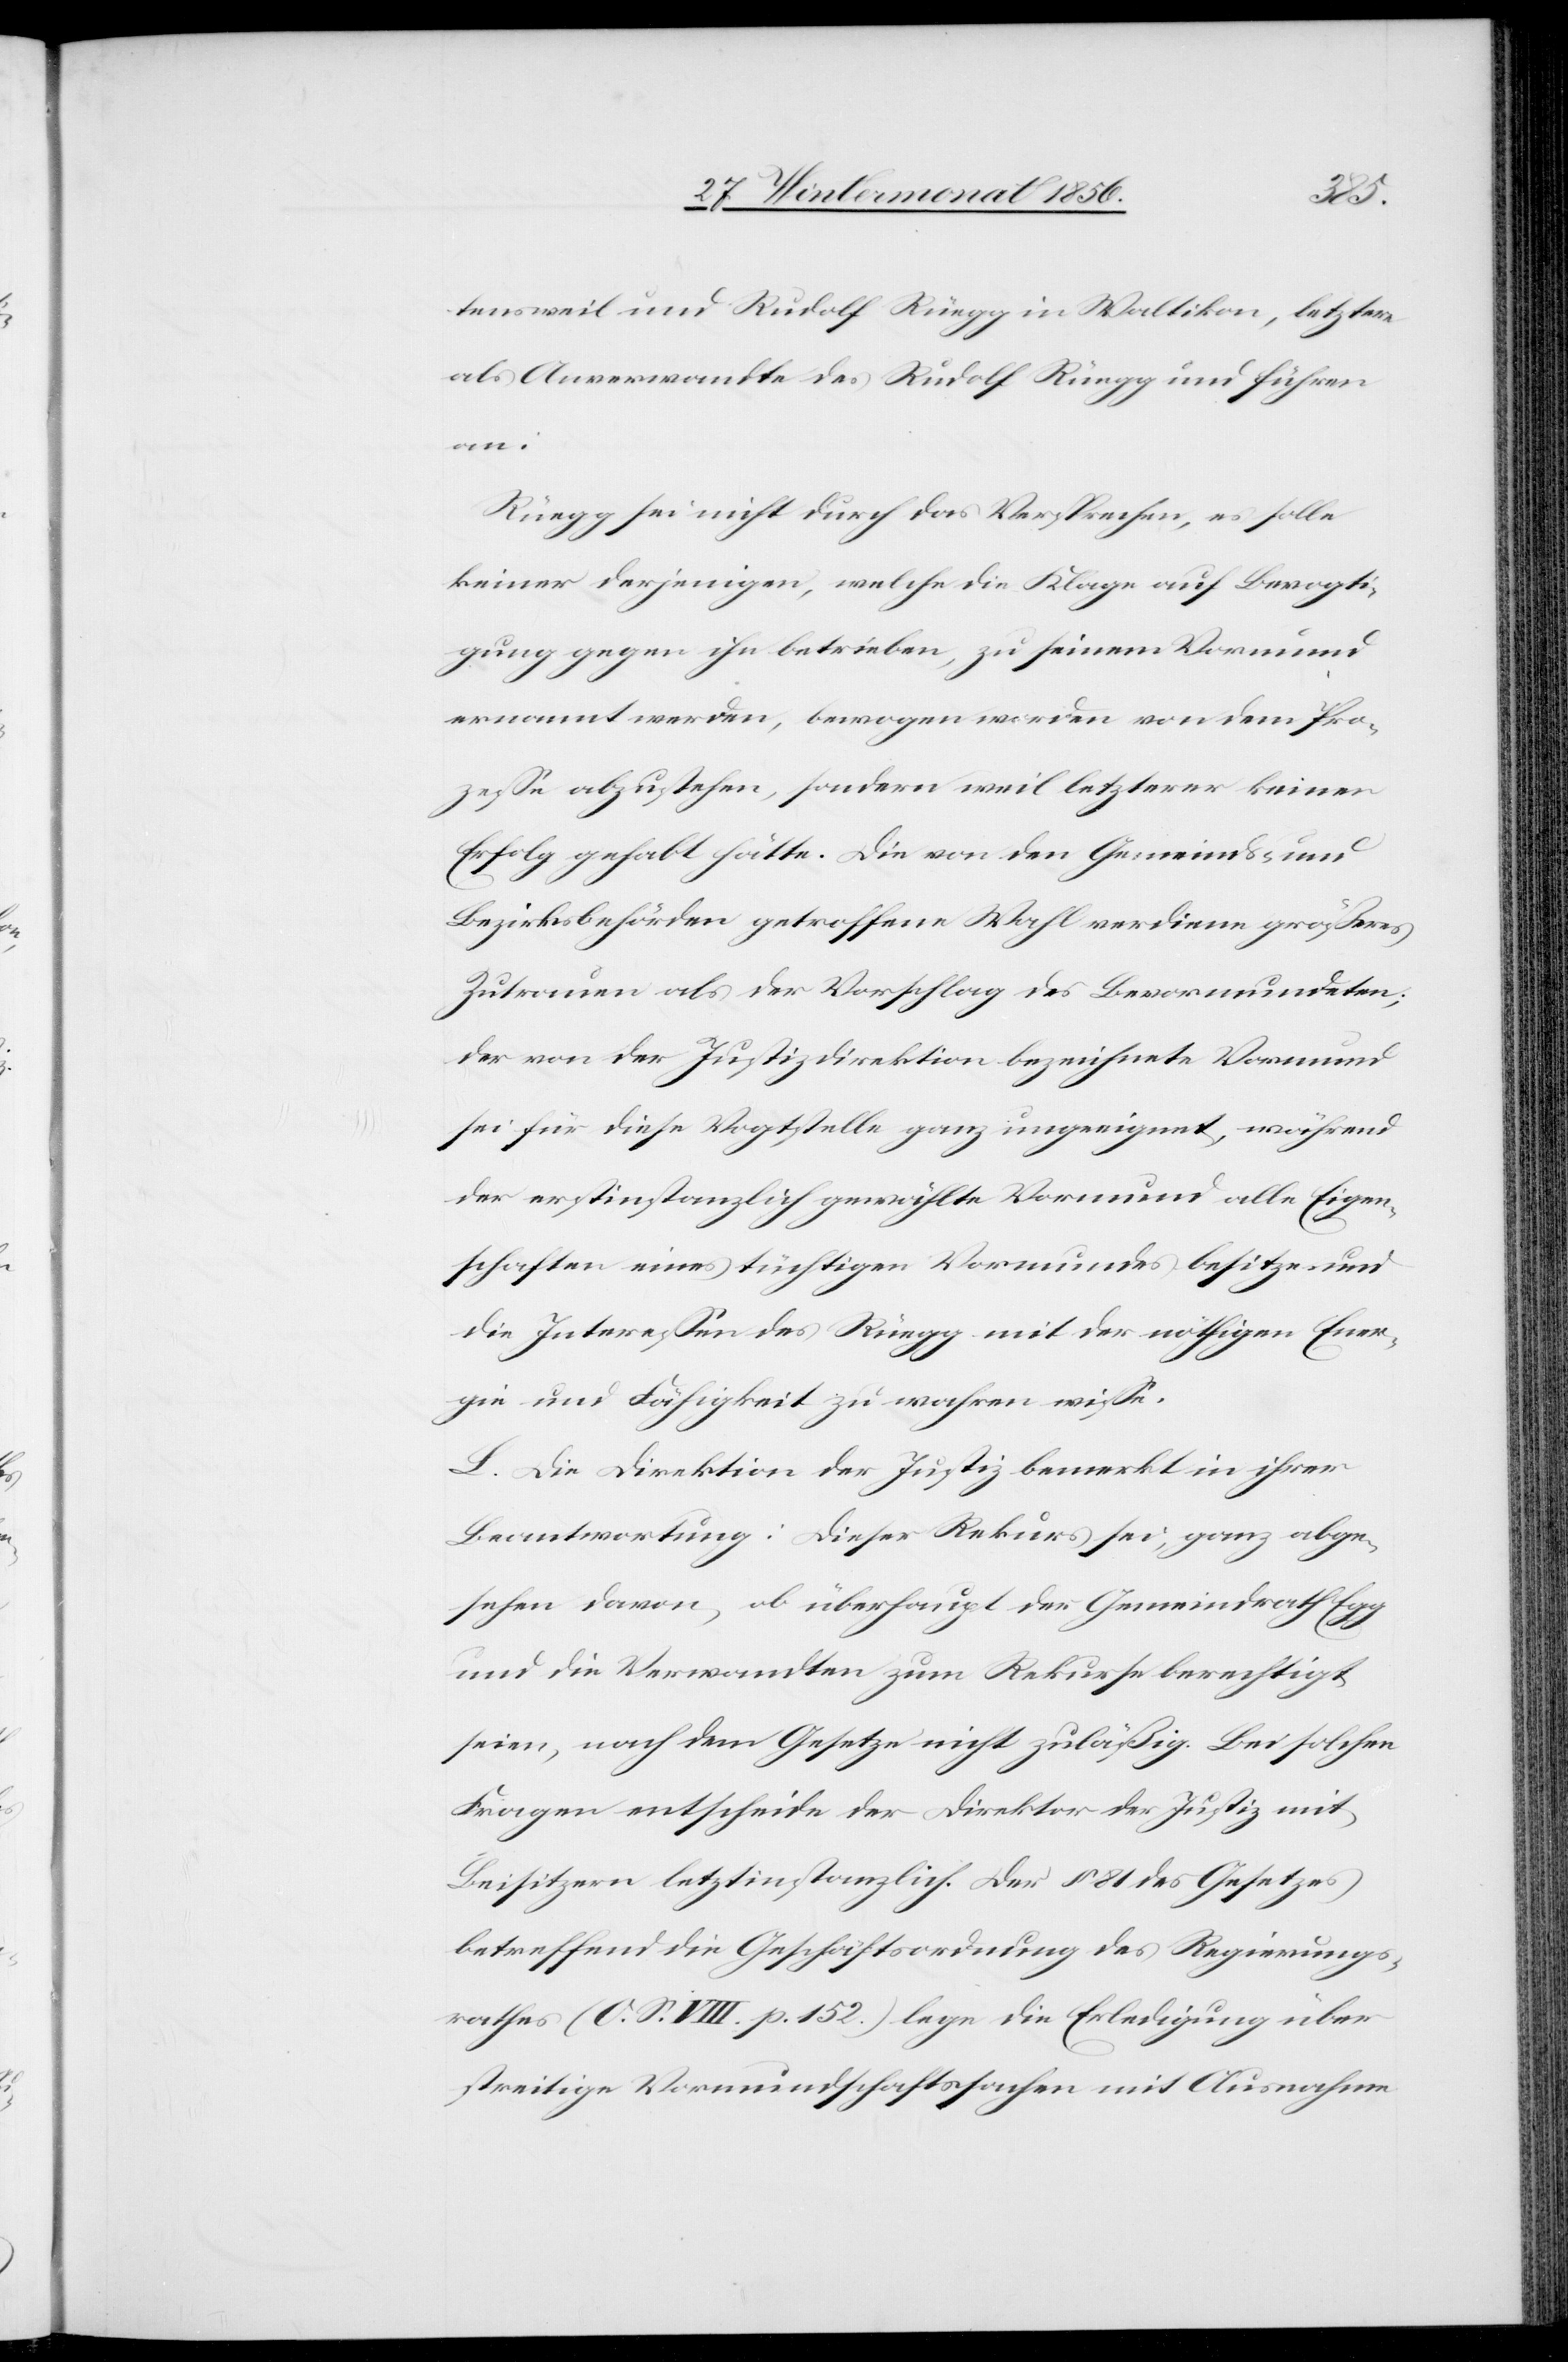
tensweil und Rudolf Rüegg in Waltikon, letztere
als Anverwandte des Rudolf [recte: Johan¬
an:
Rüegg sei nicht durch das Versprechen, es solle
keiner derjenigen, welche die Klage auf Bevogti¬
gung gegen ihn betrieben, zu seinem Vormund
ernannt werden, bewogen worden von dem Pro¬
zesse abzustehen, sondern weil letzterer keinen
Erfolg gehabt hätte. Die von den Gemeinds- und
Bezirksbehörden getroffene Wahl verdiene größeres
Zutrauen als der Vorschlag des Bevormundeten;
der von der Justizdirektion bezeichnete Vormund
sei für diese Vogtstelle ganz ungeeignet, während
der erstinstanzlich gewählte Vormund alle Eigen¬
schaften eines tüchtigen Vormundes besitze und
die Interessen des Rüegg mit der nöthigen Ener¬
gie und Fähigkeit zu wahren wisse.
L. Die Direktion der Justiz bemerkt in ihrer
Beantwortung: Dieser Rekurs sei, ganz abge¬
sehen davon, ob überhaupt der Gemeindrath Egg
und die Verwandten zum Rekurse berechtigt
seien, nach dem Gesetze nicht zuläßig. Bei solchen
Fragen entscheide der Direktor der Justiz mit
Beisitzern letztinstanzlich. Der § 81 des Gesetzes
betreffend die Geschäftsordnung des Regierungs¬
rathes (O. S. VIII. p. 152.) lege die Erledigung über
streitige Vormundschaftssachen mit Ausnahme